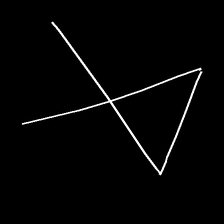
Glyph: collection